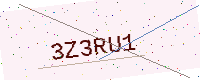
Text: 3Z3RU1